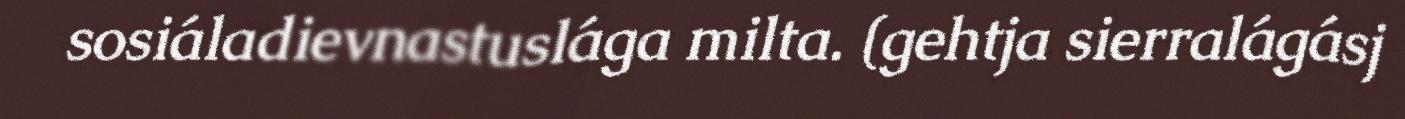
sosiáladievnastuslága milta. (gehtja sierralágásj